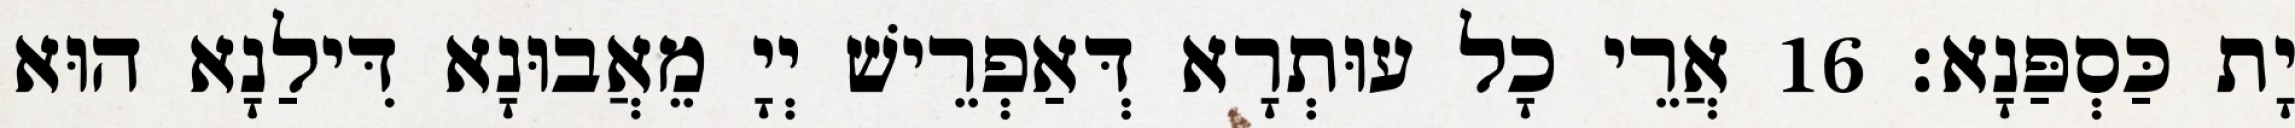
יָת כַּסְפַּנָא׃ 16 אֲרֵי כָל עוּתְרָא דְּאַפְרֵישׁ יְיָ מֵאֲבוּנָא דִּילַנָא הוּא